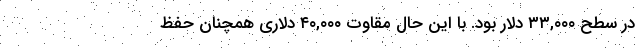
در سطح ۳۳,۰۰۰ دلار بود. با این حال مقاوت ۴۰,۰۰۰ دلاری همچنان حفظ